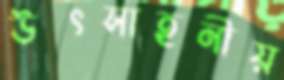
উৎসাহনীয়